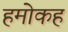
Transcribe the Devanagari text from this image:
हमोकह